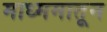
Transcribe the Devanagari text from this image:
माध्ममातून